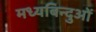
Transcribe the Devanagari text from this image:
मध्यबिन्दुओं